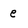
Character: e